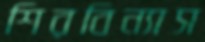
শিরবিন্যাস